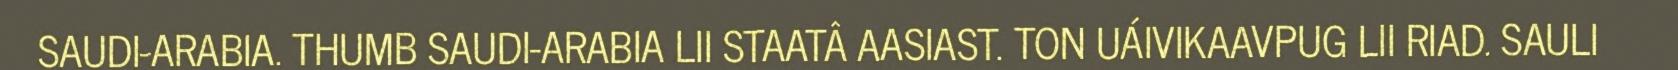
SAUDI-ARABIA. THUMB SAUDI-ARABIA LII STAATÂ AASIAST. TON UÁIVIKAAVPUG LII RIAD. SAULI